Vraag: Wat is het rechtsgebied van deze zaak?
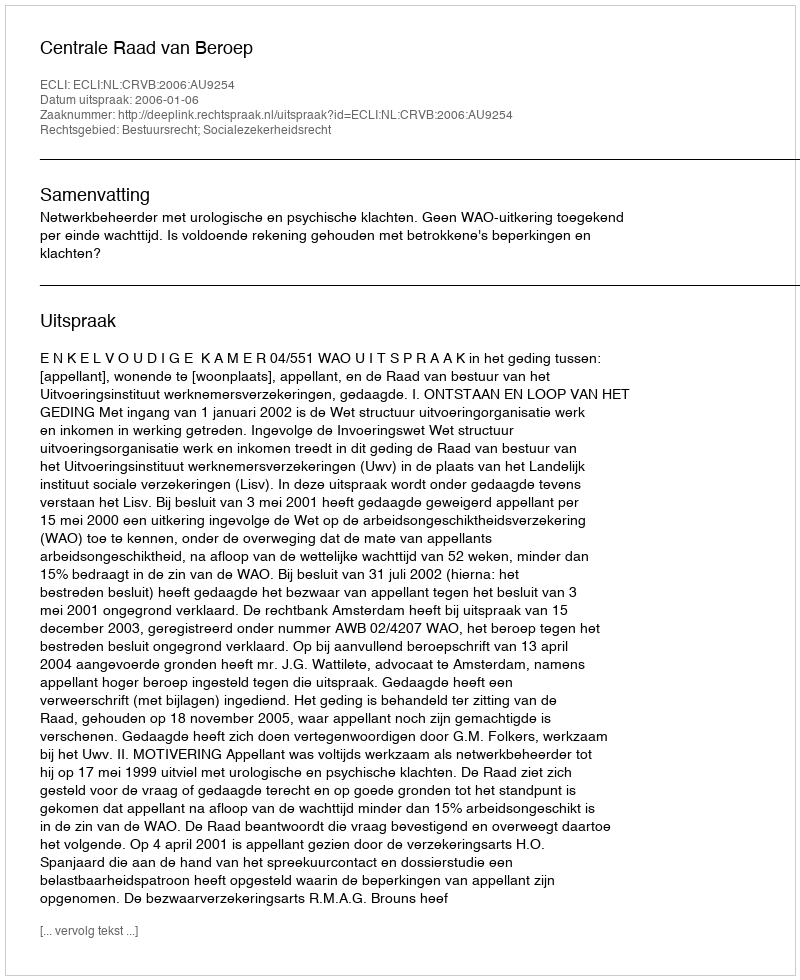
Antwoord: Bestuursrecht; Socialezekerheidsrecht